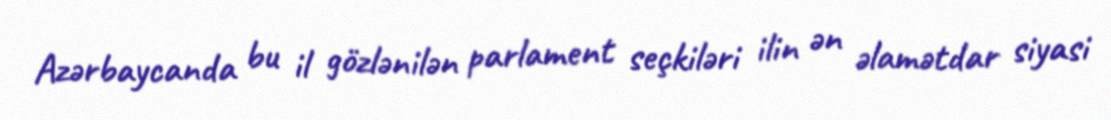
Azərbaycanda bu il gözlənilən parlament seçkiləri ilin ən əlamətdar siyasi